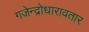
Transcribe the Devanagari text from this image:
गजेन्द्रोधारावतार